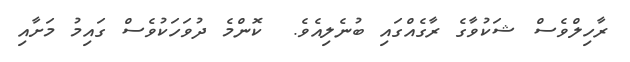
ރާހިލްވެސް ޝަކުވާގެ ރާގެއްގައި ބުނެލިއެވެ.  ކޮންމެ ދުވަހަކުވެސް ގައިމު މަށާއި